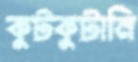
কুটকুটানি